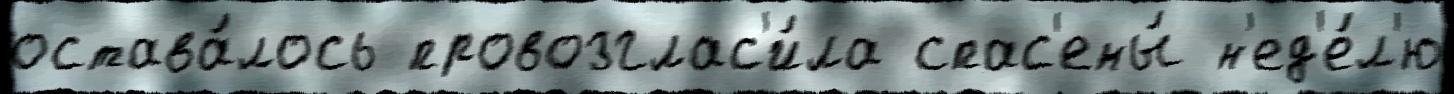
остава́лось провозглас'и́ла спас'ены́ н'ед'е́л'ю